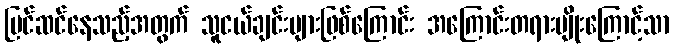
ပြင်ဆင်နေသည့်အတွက် သူငယ်ချင်းများဖြစ်ကြောင်း အကြောင်းတရားမျိုးကြောင့်သာ